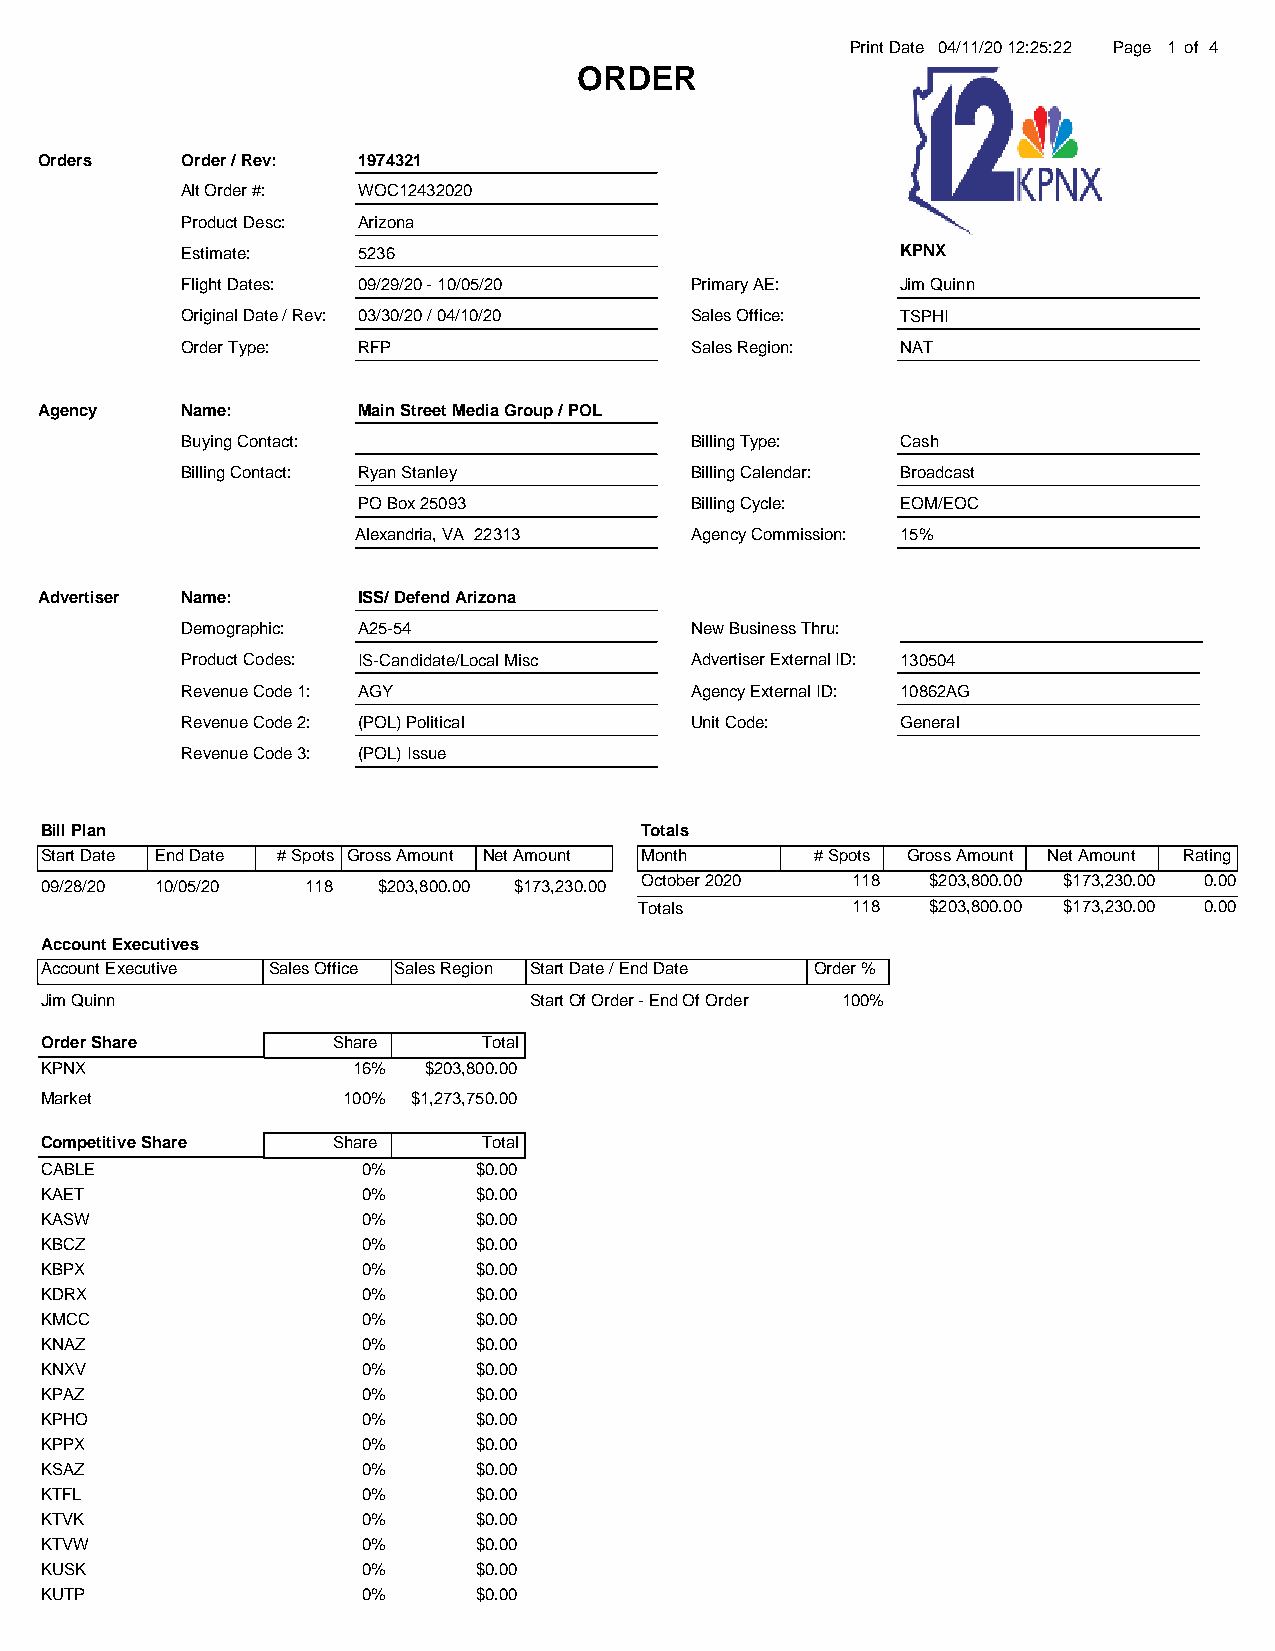
Print Date 04/11/20 12:25:22 Page 1 of 4
 ORDER
 Orders    Order / Rev: 1974321
 Alt Order #: WOC12432020
 Product Desc: Arizona
 Estimate:   5236                                KPNX
 Flight Dates: 09/29/20 - 10/05/20 Primary AE:   Jim Quinn
 Original Date / Rev: 03/30/20 / 04/10/20 Sales Office: TSPHI
 Order Type: RFP                   Sales Region: NAT
 Agency    Name:       Main Street Media Group / POL
 Buying Contact:                   Billing Type: Cash
 Billing Contact: Ryan Stanley     Billing Calendar: Broadcast
 PO Box 25093          Billing Cycle: EOM/EOC
 Alexandria, VA 22313   Agency Commission: 15%
 Advertiser Name:      ISS/ Defend Arizona
 Demographic: A25-54               New Business Thru:
 Product Codes: IS-Candidate/Local Misc Advertiser External ID: 130504
 Revenue Code 1: AGY               Agency External ID: 10862AG
 Revenue Code 2: (POL) Political   Unit Code:    General
 Revenue Code 3: (POL) Issue
 Bill Plan                              Totals
 Start Date End Date # Spots Gross Amount Net Amount Month # Spots Gross Amount Net Amount Rating
 09/28/20 10/05/20 118 $203,800.00 $173,230.00 October 2020 118 $203,800.00 $173,230.00 0.00
 Totals        118   $203,800.00 $173,230.00 0.00
 Account Executives
 Account Executive Sales Office Sales Region Start Date / End Date Order %
 Jim Quinn                       Start Of Order - End Of Order 100%
 Order Share        Share     Total
 KPNX                16%  $203,800.00
 Market              100% $1,273,750.00
 Competitive Share  Share     Total
 CABLE                0%     $0.00
 KAET                 0%     $0.00
 KASW                 0%     $0.00
 KBCZ                 0%     $0.00
 KBPX                 0%     $0.00
 KDRX                 0%     $0.00
 KMCC                 0%     $0.00
 KNAZ                 0%     $0.00
 KNXV                 0%     $0.00
 KPAZ                 0%     $0.00
 KPHO                 0%     $0.00
 KPPX                 0%     $0.00
 KSAZ                 0%     $0.00
 KTFL                 0%     $0.00
 KTVK                 0%     $0.00
 KTVW                 0%     $0.00
 KUSK                 0%     $0.00
 KUTP                 0%     $0.00